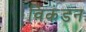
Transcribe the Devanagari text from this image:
विकंडन